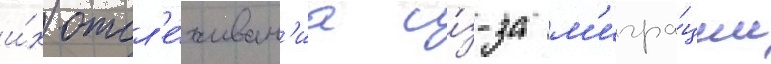
и́х отсл'е́живан'иа и́з-за м'игра́ции